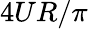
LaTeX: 4UR/\pi